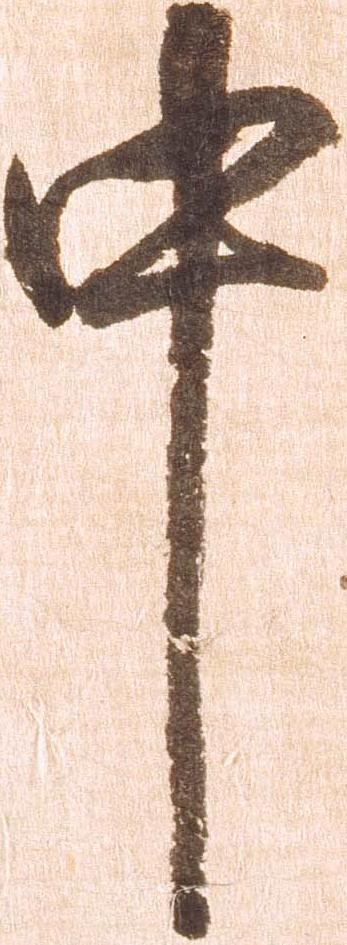
中